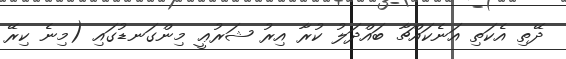
ދޭތި އެކަތި އަނެކައްޗާ ބައްދަލު ކުރާ އިރު ޝަރުޢީ މިންގަނޑުގައި (މިނެ ކިރޭ